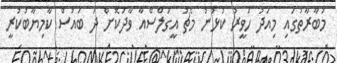
މުބާރާތުގައި މިއަދު ހަވީރު ކުޅުނު މެޗު އީގަލްސްއާ ވާދަކޮށް ދަ ބައުސް ކާމިޔާބުކުރީ